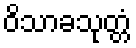
ဝိသာခသုတ္တံ